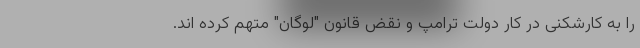
را به کارشکنی در کار دولت ترامپ و نقض قانون "لوگان" متهم کرده اند.